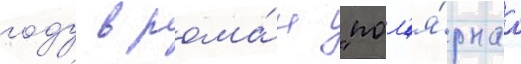
году в рома́н "пол'я́рнаа